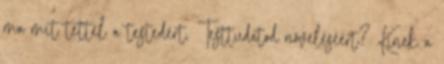
ma mit tettél a testedért, Testtudatod növeléséért? Kinek a